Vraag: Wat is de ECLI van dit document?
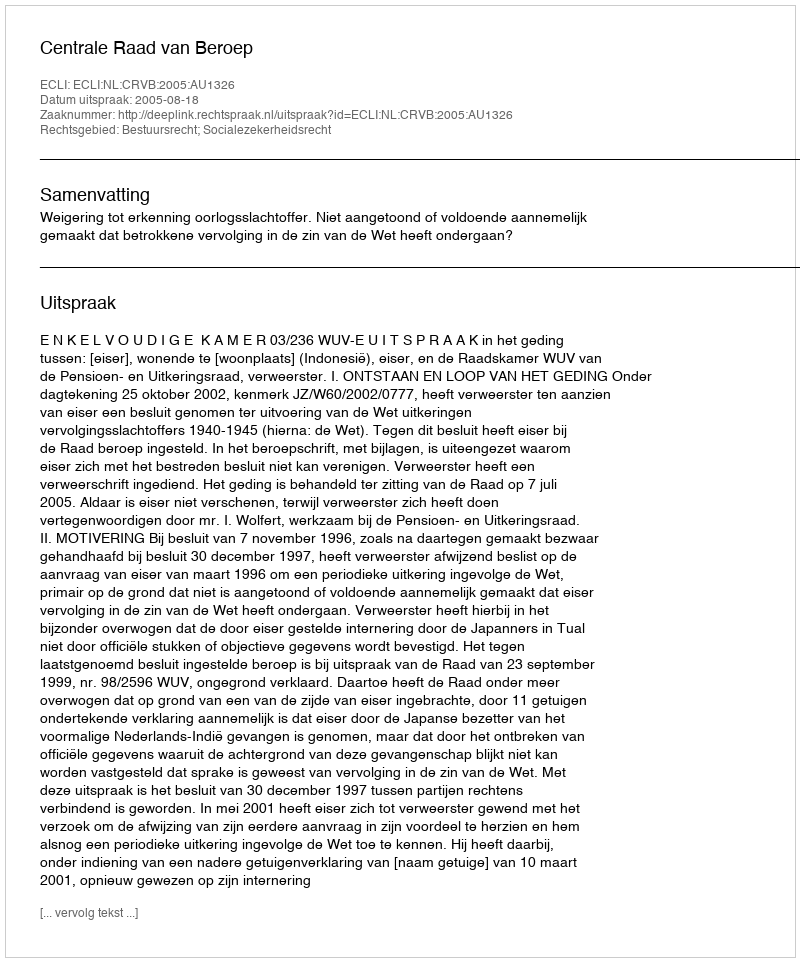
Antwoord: ECLI:NL:CRVB:2005:AU1326